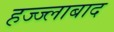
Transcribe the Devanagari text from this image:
हज्ज्लाबाद